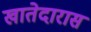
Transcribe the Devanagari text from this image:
खातेदारास